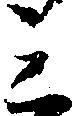
ミ